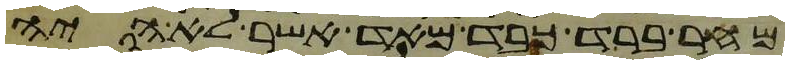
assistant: מחר ברד כבד מאד אשר לא היה